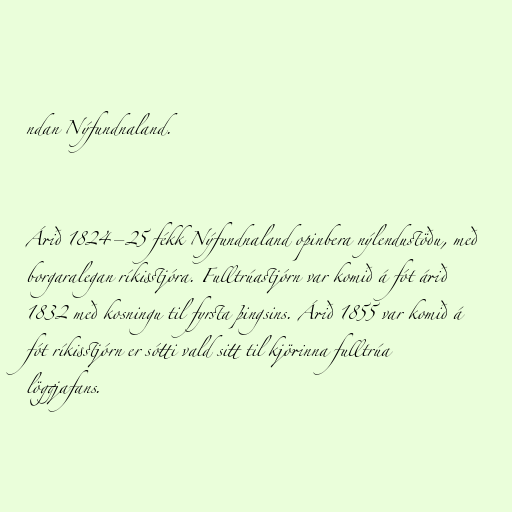
ndan Nýfundnaland.

Árið 1824–25 fékk Nýfundnaland opinbera nýlendustöðu, með
borgaralegan ríkisstjóra. Fulltrúastjórn var komið á fót árið
1832 með kosningu til fyrsta þingsins. Árið 1855 var komið á
fót ríkisstjórn er sótti vald sitt til kjörinna fulltrúa
löggjafans.